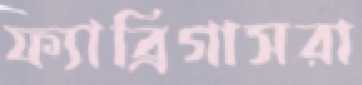
ফ্যাব্রিগাসরা